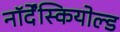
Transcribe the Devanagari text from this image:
नॉर्देंस्कियोल्ड